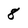
Character: 8